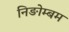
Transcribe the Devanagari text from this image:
निङोम्बम